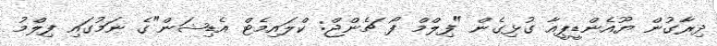
ދިރާގުން ޔޫއެންޑީޕީއާ ގުޅިގެން "ފިލްމް ފޯ ޗެންޖް: ކްލައިމެޓް އެޑިޝަން"ގެ ނަމުގައި ފިލްމު